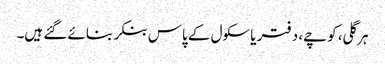
ہر گلی، کوچے، دفتر یا سکول کے پاس بنکر بنائے گئے ہیں۔